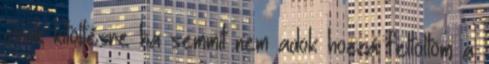
csak kitöltésre ha semmit nem adok hozzá feltöltöm a